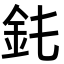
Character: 䤜